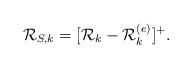
LaTeX: \begin{align*}\mathcal{R}_{S,k} = [\mathcal{R}_k-\mathcal{R}_k^{(e)}]^{+}.\end{align*}